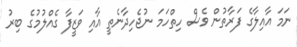
ނަމަ އާއިލާގެ ފަރާތުން ވެސް ހިތްހަމަ ނުޖެހިދާނެތީ އާއި ވަޒީފާ ގެއްލުމުގެ ބިރު